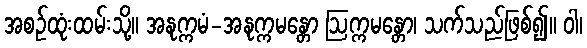
အစဉ်ထုံးထမ်းသို့။ အနုက္ကမံ-အနုက္ကမန္တော ဩက္ကမန္တော၊ သက်သည်ဖြစ်၍။ ဝါ၊